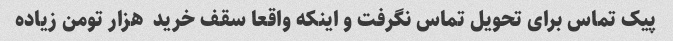
پیک‌ تماس برای تحویل تماس نگرفت و اینکه واقعا سقف خرید  هزار تومن زیاده